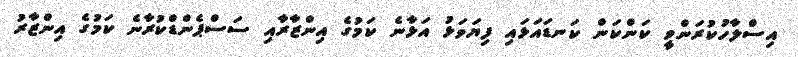
އިސްލާހުކުރަންވީ ކަންކަން ކަނޑައަޅައި ފިޔަވަޅު އަޅާނެ ކަމުގެ އިންޒާރާއި ސަސްޕެންޑްކުރާނެ ކަމުގެ އިންޒާރު